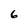
Character: 6